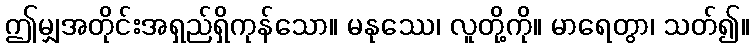
ဤမျှအတိုင်းအရှည်ရှိကုန်သော။ မနုဿေ၊ လူတို့ကို။ မာရေတွာ၊ သတ်၍။